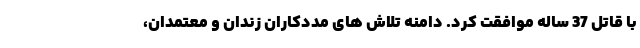
با قاتل 37 ساله موافقت کرد. دامنه تلاش های مددکاران زندان و معتمدان،